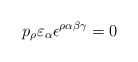
\begin{align*}p_{\rho}\varepsilon_{\alpha}\epsilon^{\rho \alpha \beta \gamma} = 0\end{align*}